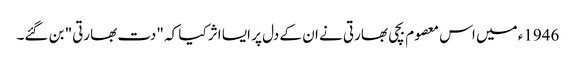
1946ء میں اس معصوم بچی بھارتی نے ان کے دل پر ایسا اثر کیا کہ "دت بھارتی" بن گئے۔